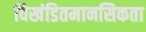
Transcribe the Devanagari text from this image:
विखंडितमानसिकता